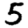
Digit: 5